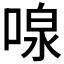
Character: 𪡠